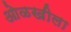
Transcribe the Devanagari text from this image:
ओळखीला